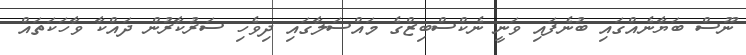
ނޫސް ބަޔާނެއްގައި ބުނެފައި ވަނީ ނެކްސްބިޒްގެ މައްސަލާގައި ދިވެހި ސަރުކާރުން ދައްކާ ވާހަކަތައް